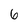
Character: 6